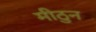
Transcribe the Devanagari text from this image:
मीठुन